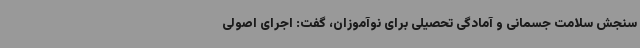
سنجش سلامت جسمانی و آمادگی تحصیلی برای نوآموزان، گفت: اجرای اصولی